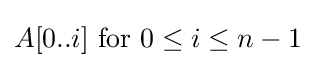
A[0..i]{\text{ for }}0\leq i\leq n-1